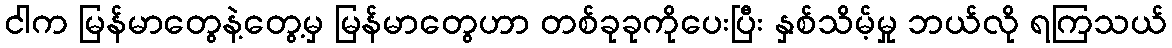
ငါက မြန်မာတွေနဲ့တွေ့မှ မြန်မာတွေဟာ တစ်ခုခုကိုပေးပြီး နှစ်သိမ့်မှု ဘယ်လို ရကြသယ်